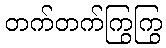
တက်တက်ကြွကြွ